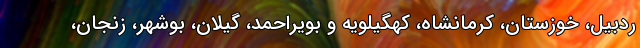
ردبیل، خوزستان، کرمانشاه، کهگیلویه و بویراحمد، گیلان، بوشهر، زنجان،